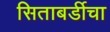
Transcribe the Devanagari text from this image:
सिताबर्डीचा